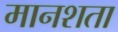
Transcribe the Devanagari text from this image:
मानशता